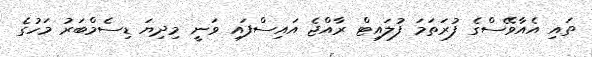
ތައި އެއާވޭސްގެ ފުރަތަމަ ފުލައިޓް ރާއްޖެ އައިސްފައި ވަނީ މިދިޔަ ޑިސެމްބަރު މަހުގެ